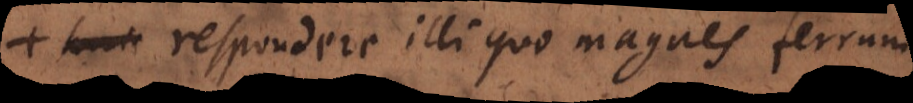
respondere illi quo magnes ferrum